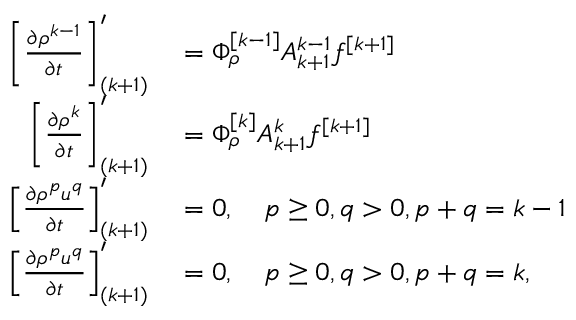
\begin{array} { r l } { \left[ \ensuremath { \frac { \partial \rho ^ { k - 1 } } { \partial t } } \right] _ { ( k + 1 ) } ^ { \prime } } & { { } = \Phi _ { \rho } ^ { [ k - 1 ] } A _ { k + 1 } ^ { k - 1 } f ^ { [ k + 1 ] } } \\ { \left[ \ensuremath { \frac { \partial \rho ^ { k } } { \partial t } } \right] _ { ( k + 1 ) } ^ { \prime } } & { { } = \Phi _ { \rho } ^ { [ k ] } A _ { k + 1 } ^ { k } f ^ { [ k + 1 ] } } \\ { \left[ \ensuremath { \frac { \partial \rho ^ { p } u ^ { q } } { \partial t } } \right] _ { ( k + 1 ) } ^ { \prime } } & { { } = 0 , \quad p \geq 0 , q > 0 , p + q = k - 1 } \\ { \left[ \ensuremath { \frac { \partial \rho ^ { p } u ^ { q } } { \partial t } } \right] _ { ( k + 1 ) } ^ { \prime } } & { { } = 0 , \quad p \geq 0 , q > 0 , p + q = k , } \end{array}